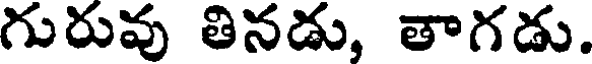
గురువు తినడు, తాగడు.